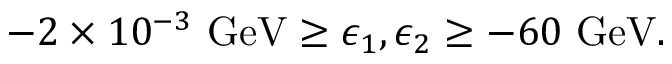
- 2 \times 1 0 ^ { - 3 } \ \mathrm { G e V } \geq \epsilon _ { 1 } , \epsilon _ { 2 } \geq - 6 0 \ \mathrm { G e V } .